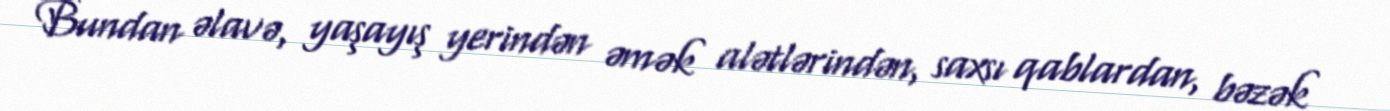
Bundan əlavə, yaşayış yerindən əmək alətlərindən, saxsı qablardan, bəzək